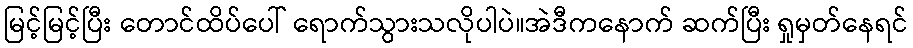
မြင့်မြင့်ပြီး တောင်ထိပ်ပေါ် ရောက်သွားသလိုပါပဲ။အဲဒီကနောက် ဆက်ပြီး ရှုမှတ်နေရင်